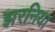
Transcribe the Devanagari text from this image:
झरनिया